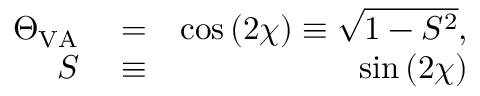
\begin{array} { r l r } { \Theta _ { \mathrm { V A } } } & { { } = } & { \cos \left( 2 \chi \right) \equiv \sqrt { 1 - S ^ { 2 } } , } \\ { S } & { { } \equiv } & { \sin \left( 2 \chi \right) } \end{array}